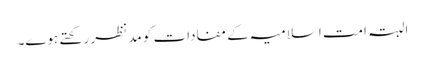
البتہ امت اسلامیہ کے مفادات کو مد نظر رکھتے ہوے۔